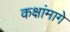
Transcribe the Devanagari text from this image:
कक्षांमागे